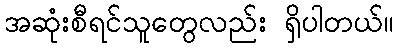
အဆုံးစီရင်သူတွေလည်း ရှိပါတယ်။